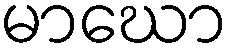
မာဃော